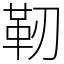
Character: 靭